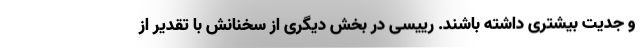
و جدیت بیشتری داشته باشند. رییسی در بخش دیگری از سخنانش با تقدیر از